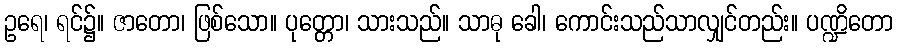
ဥရေ၊ ရင်၌။ ဇာတော၊ ဖြစ်သော။ ပုတ္တော၊ သားသည်။ သာဓု ခေါ၊ ကောင်းသည်သာလျှင်တည်း။ ပဏ္ဍိတော